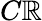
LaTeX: C\mathbb{R}